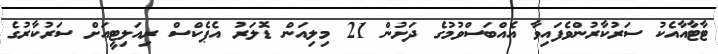
ޓާޓާއާއެކު ސަރުކާރުންވެފައިވާ އެއްބަސްވުމުގެ ދަށުން 21 މިލިއަން ޑޮލަރު އެޕެކްސް ރިއަލިޓީއަށް ސަރުކާރުގެ